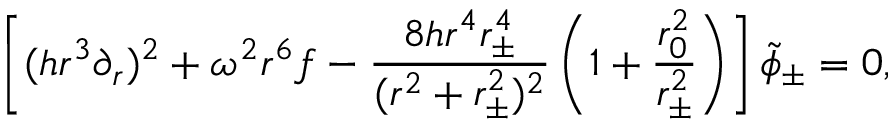
\left[ ( h r ^ { 3 } \partial _ { r } ) ^ { 2 } + \omega ^ { 2 } r ^ { 6 } f - { \frac { 8 h r ^ { 4 } r _ { \pm } ^ { 4 } } { ( r ^ { 2 } + r _ { \pm } ^ { 2 } ) ^ { 2 } } } \left( 1 + { \frac { r _ { 0 } ^ { 2 } } { r _ { \pm } ^ { 2 } } } \right) \right] \tilde { \phi } _ { \pm } = 0 ,